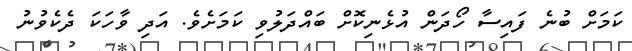
ކަމަށް ބުނެ ފައިސާ ހޯދަން އުޅެނިކޮށް ބައްދަލުވި ކަމަށެވެ. އަދި ވާހަކަ ދެކެވުނު